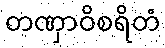
တဏှာဝိစရိတံ